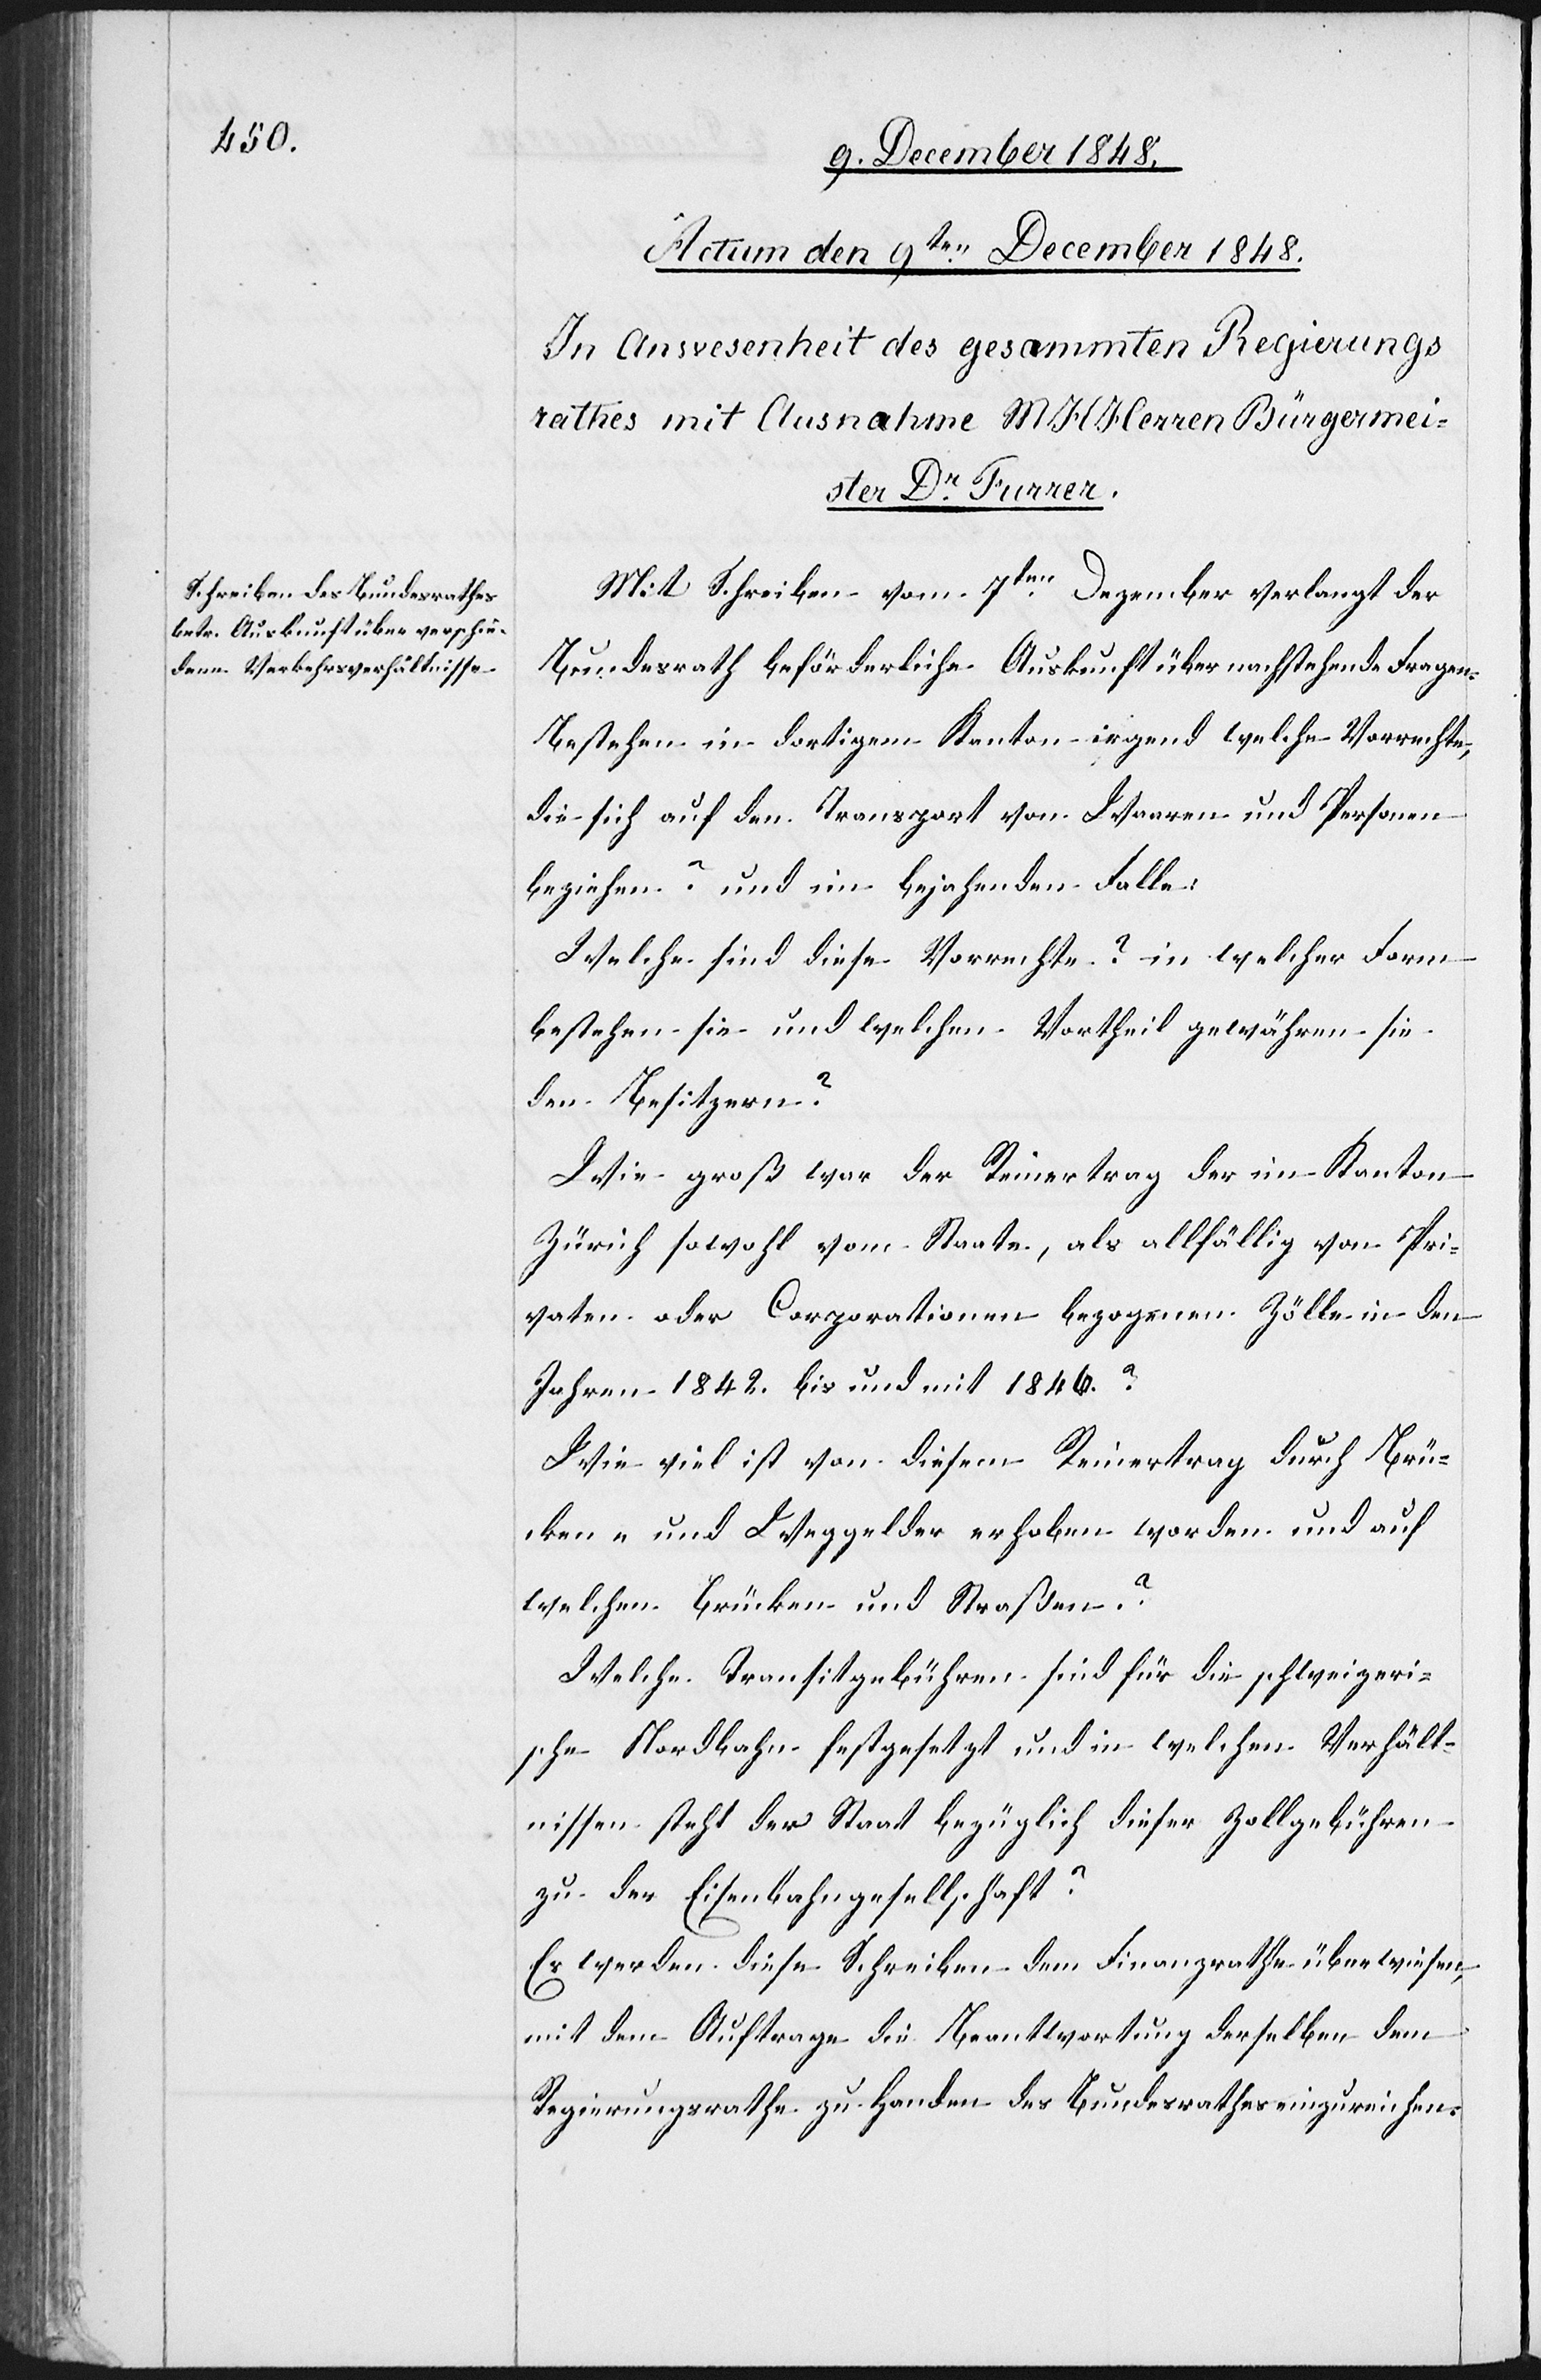
Mit Schreiben vom 7ten Dezember verlangt der
Bundesrath beförderliche Auskunft über nachstehende Fragen:
Bestehen in dortigem Kanton irgend welche Vorrechte,
die sich auf den Transport von Waaren und Personen
beziehen? und im bejahenden Falle:
Welche sind diese Vorrechte? in welcher Form
bestehen sie und welchen Vortheil gewähren sie
den Besitzern?
Wie groß war der Reinertrag der im Kanton
Zürich sowohl vom Staate, als allfällig von Pri¬
vaten oder Corporationen bezogenen Zölle in den
Jahren 1842. bis und mit 1846.?
Wie viel ist von diesem Reinertrag durch Brü¬
cken- und Weggelder erhoben worden und auf
welchen Brücken und Straßen?
Welche Transitgebühren sind für die schweizeri¬
sche Nordbahn festgesetzt und in welchen Verhält¬
nissen steht der Staat bezüglich dieser Zollgebühren
zu der Eisenbahngesellschaft?
Es werden diese Schreiben dem Finanzrathe überwiesen,
mit dem Auftrage die Beantwortung derselben dem
Regierungsrathe zu Handen des Bundesrathes einzureichen.